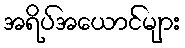
အရိပ်အယောင်များ